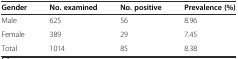
<table><thead><tr><td><b>Gender</b></td><td><b>No. examined</b></td><td><b>No. positive</b></td><td><b>Prevalence (%)</b></td></tr></thead><tbody><tr><td>Male</td><td>625</td><td>56</td><td>8.96</td></tr><tr><td>Female</td><td>389</td><td>29</td><td>7.45</td></tr><tr><td>Total</td><td>1014</td><td>85</td><td>8.38</td></tr></tbody></table>